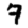
Digit: 7